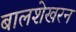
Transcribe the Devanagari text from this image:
बालशेखरन